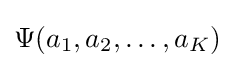
\Psi (a_{1},a_{2},\ldots ,a_{K})